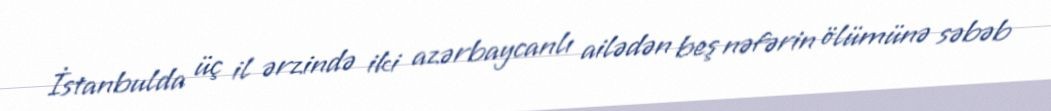
İstanbulda üç il ərzində iki azərbaycanlı ailədən beş nəfərin ölümünə səbəb